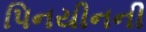
પિનયીનની